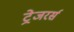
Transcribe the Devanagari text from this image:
ट्रेजरर्स